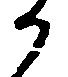
か